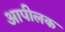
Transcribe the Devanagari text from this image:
आपीलक